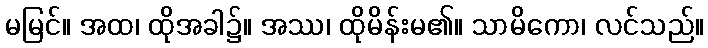
မမြင်။ အထ၊ ထိုအခါ၌။ အဿ၊ ထိုမိန်းမ၏။ သာမိကော၊ လင်သည်။